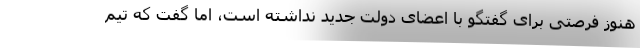
هنوز فرصتی برای گفتگو با اعضای دولت جدید نداشته است، اما گفت که تیم